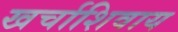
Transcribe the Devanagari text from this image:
खर्चाशिवाय